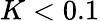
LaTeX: K<0.1